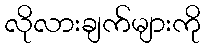
လိုလားချက်များကို